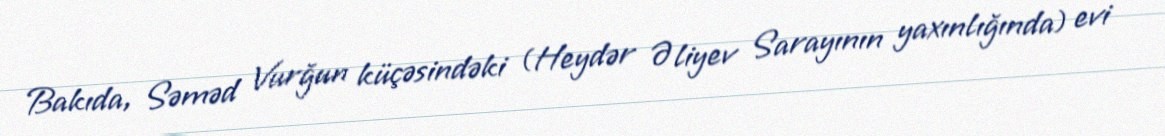
Bakıda, Səməd Vurğun küçəsindəki (Heydər Əliyev Sarayının yaxınlığında) evi